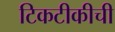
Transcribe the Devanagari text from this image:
टिकटीकीची